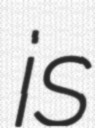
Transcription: is